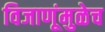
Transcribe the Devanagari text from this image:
विजाणूंमुळेच